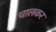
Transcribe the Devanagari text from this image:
चालकर